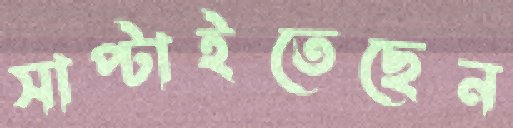
সাপ্‌টাইতেছেন